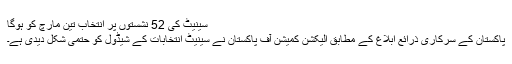
سینیٹ کی 52 نشستوں پر انتخاب تین مارچ کو ہوگا
پاکستان کے سرکاری ذرائع ابلاغ کے مطابق الیکشن کمیشن آف پاکستان نے سینیٹ انتخابات کے شیڈول کو حتمی شکل دیدی ہے۔